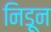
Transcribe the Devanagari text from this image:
निडून